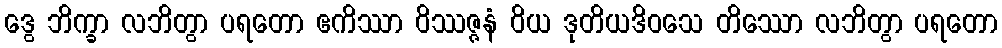
ဒွေ ဘိက္ခာ လဘိတွာ ပရတော ဧကိဿာ ဝိဿဇ္ဇနံ ဝိယ ဒုတိယဒိဝသေ တိဿော လဘိတွာ ပရတော